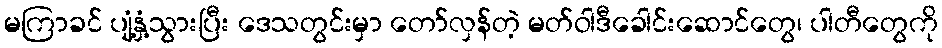
မကြာခင် ပျံ့နှံ့သွားပြီး ဒေသတွင်းမှာ တော်လှန်တဲ့ မတ်ဝါဒီခေါင်းဆောင်တွေ၊ ပါတီတွေကို